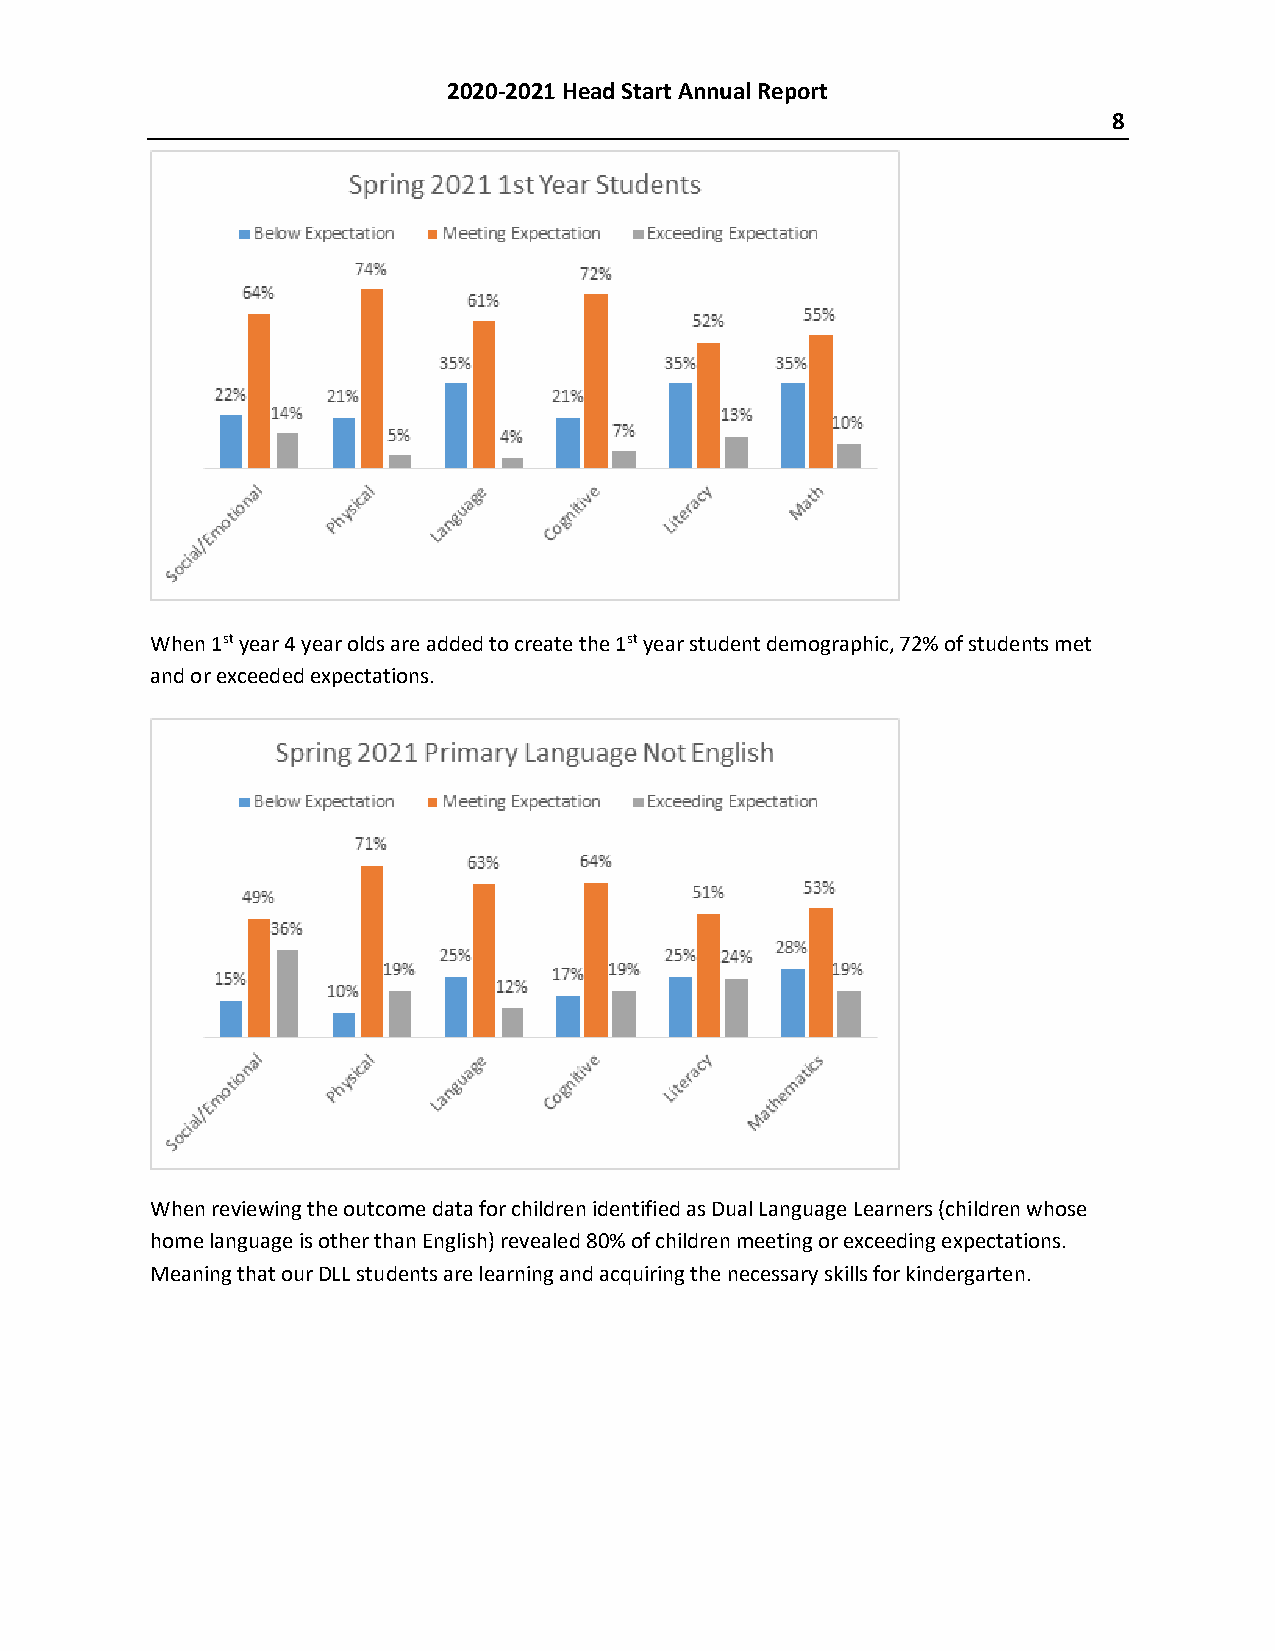
2020-2021 Head Start Annual Report
 8
 When 1st year 4 year olds are added to create the 1st year student demographic, 72% of students met
 and or exceeded expectations.
 When reviewing the outcome data for children identified as Dual Language Learners (children whose
 home language is other than English) revealed 80% of children meeting or exceeding expectations.
 Meaning that our DLL students are learning and acquiring the necessary skills for kindergarten.